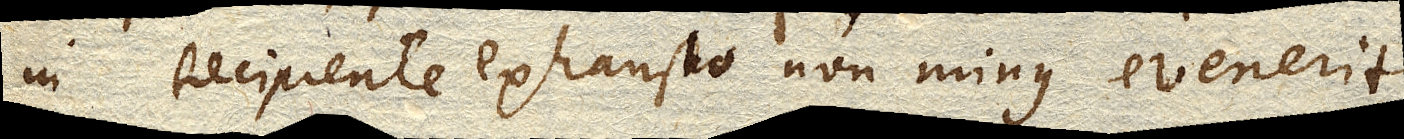
in Recipiente exhausto non minus evenerit.